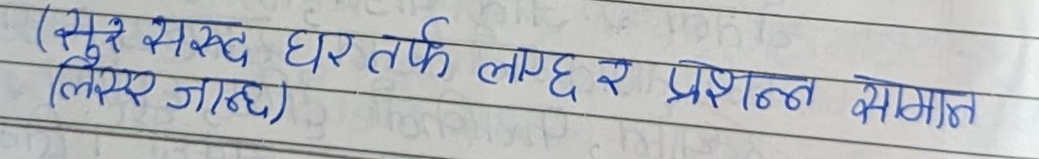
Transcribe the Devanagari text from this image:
(सुर सरुद घर तर्फ लाग्छ र प्रशन्न सोमात
लिएर जान्छ)